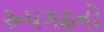
રૂ૫ગઢનો